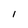
Character: l